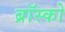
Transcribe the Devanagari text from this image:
ब्रॉस्को